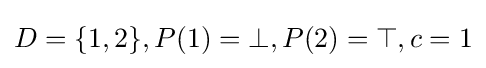
D=\{1,2\},P(1)=\bot ,P(2)=\top ,c=1